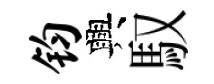
钧興馭